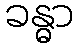
ခန္ဓာ